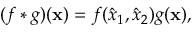
( f * g ) ( \mathbf { x } ) = f ( \hat { x } _ { 1 } , \hat { x } _ { 2 } ) g ( \mathbf { x } ) ,